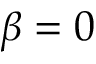
\beta = 0